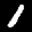
Digit: 1